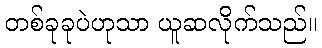
တစ်ခုခုပဲဟုသာ ယူဆလိုက်သည်။